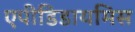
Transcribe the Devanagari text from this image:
एपीडिडायमिस